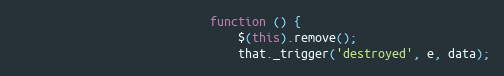
Language: JavaScript
                            function () {
                                $(this).remove();
                                that._trigger('destroyed', e, data);